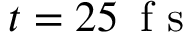
t = 2 5 \, \mathrm { ~ f ~ s ~ }